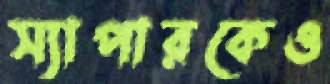
স্যাপারকেও